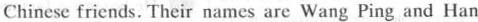
Chinese friends. Their names are Wang Ping and Han